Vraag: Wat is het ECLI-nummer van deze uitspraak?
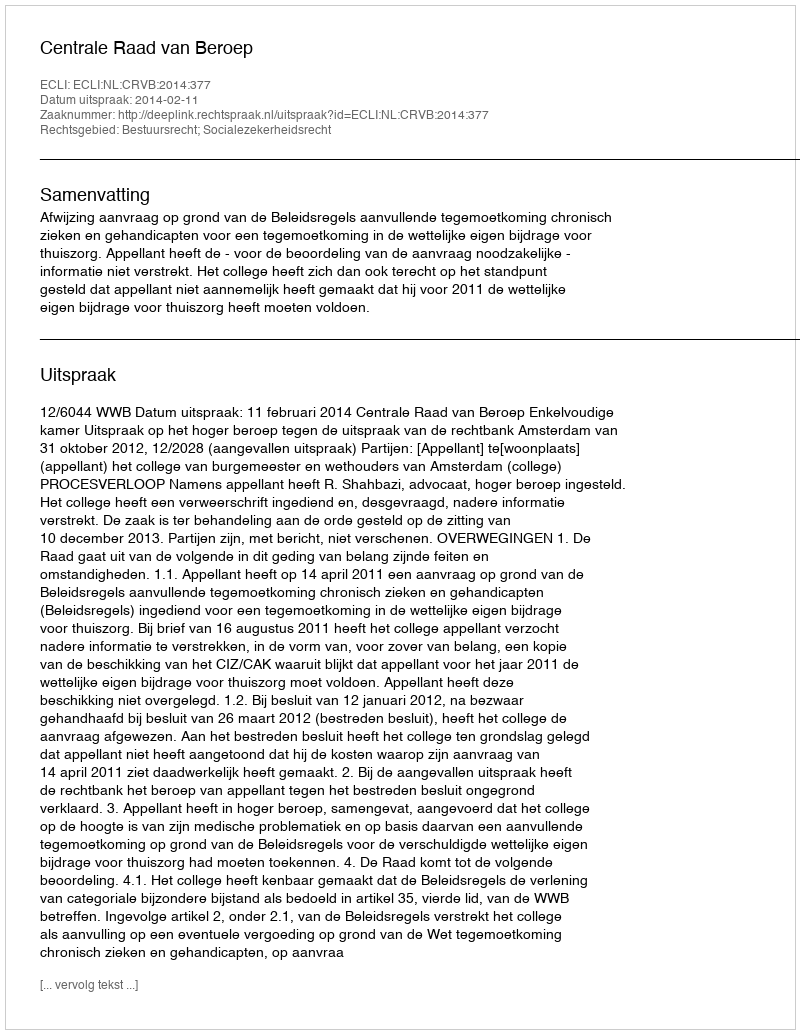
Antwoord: ECLI:NL:CRVB:2014:377